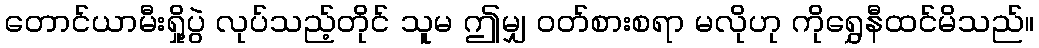
တောင်ယာမီးရှို့ပွဲ လုပ်သည့်တိုင် သူမ ဤမျှ ဝတ်စားစရာ မလိုဟု ကိုရွှေနီထင်မိသည်။